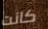
كانت